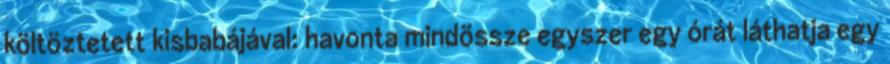
költöztetett kisbabájával: havonta mindössze egyszer egy órát láthatja egy